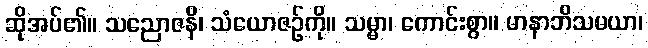
ဆိုအပ်၏။ သညောဇနိ၊ သံယောဇဉ်ကို။ သမ္မာ၊ ကောင်းစွာ။ မာနာဘိသမယာ၊